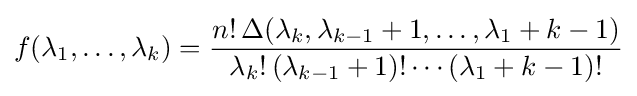
f(\lambda _{1},\ldots ,\lambda _{k})={\frac {n!\,\Delta (\lambda _{k},\lambda _{k-1}+1,\ldots ,\lambda _{1}+k-1)}{\lambda _{k}!\,(\lambda _{k-1}+1)!\cdots (\lambda _{1}+k-1)!}}